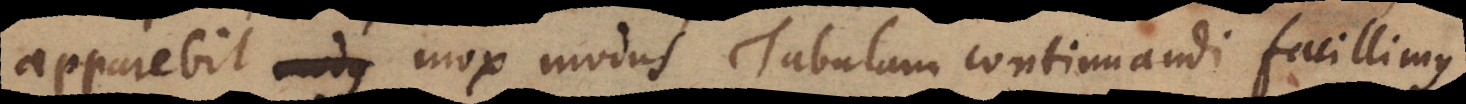
apparebit _ mox modus Tabulam continuandi facillimus